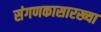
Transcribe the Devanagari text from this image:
संगणकासारख्या